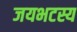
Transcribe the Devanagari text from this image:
जयभटस्य